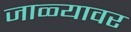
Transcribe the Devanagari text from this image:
जाळ्यावर